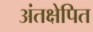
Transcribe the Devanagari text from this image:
अंतक्षेपित